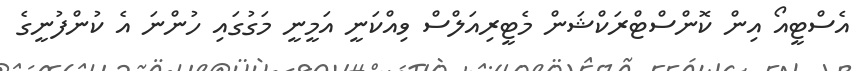
އެސްޓީއޯ އިން ކޮންސްޓްރަކްޝަން މެޓީރިއަލްސް ވިއްކަނީ އަމީނީ މަގުގައި ހުންނަ އެ ކުންފުނީގެ